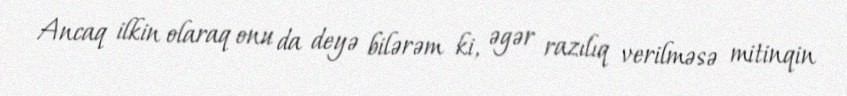
Ancaq ilkin olaraq onu da deyə bilərəm ki, əgər razılıq verilməsə mitinqin